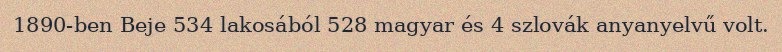
1890-ben Beje 534 lakosából 528 magyar és 4 szlovák anyanyelvű volt.